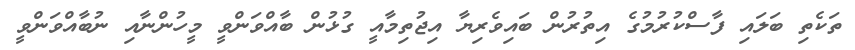
ތަކެތި ބަލައި ފާސްކުރުމުގެ އިތުރުން ބައިވެރިޔާ އިޖުތިމާއީ ގުޅުން ބާއްވަންވީ މީހުންނާއި ނުބާއްވަންވީ